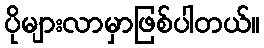
ပိုများလာမှာဖြစ်ပါတယ်။